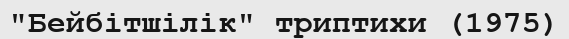
"Бейбітшілік" триптихи (1975)